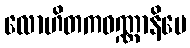
လောဟိတကဝဏ္ဏာနိပေ